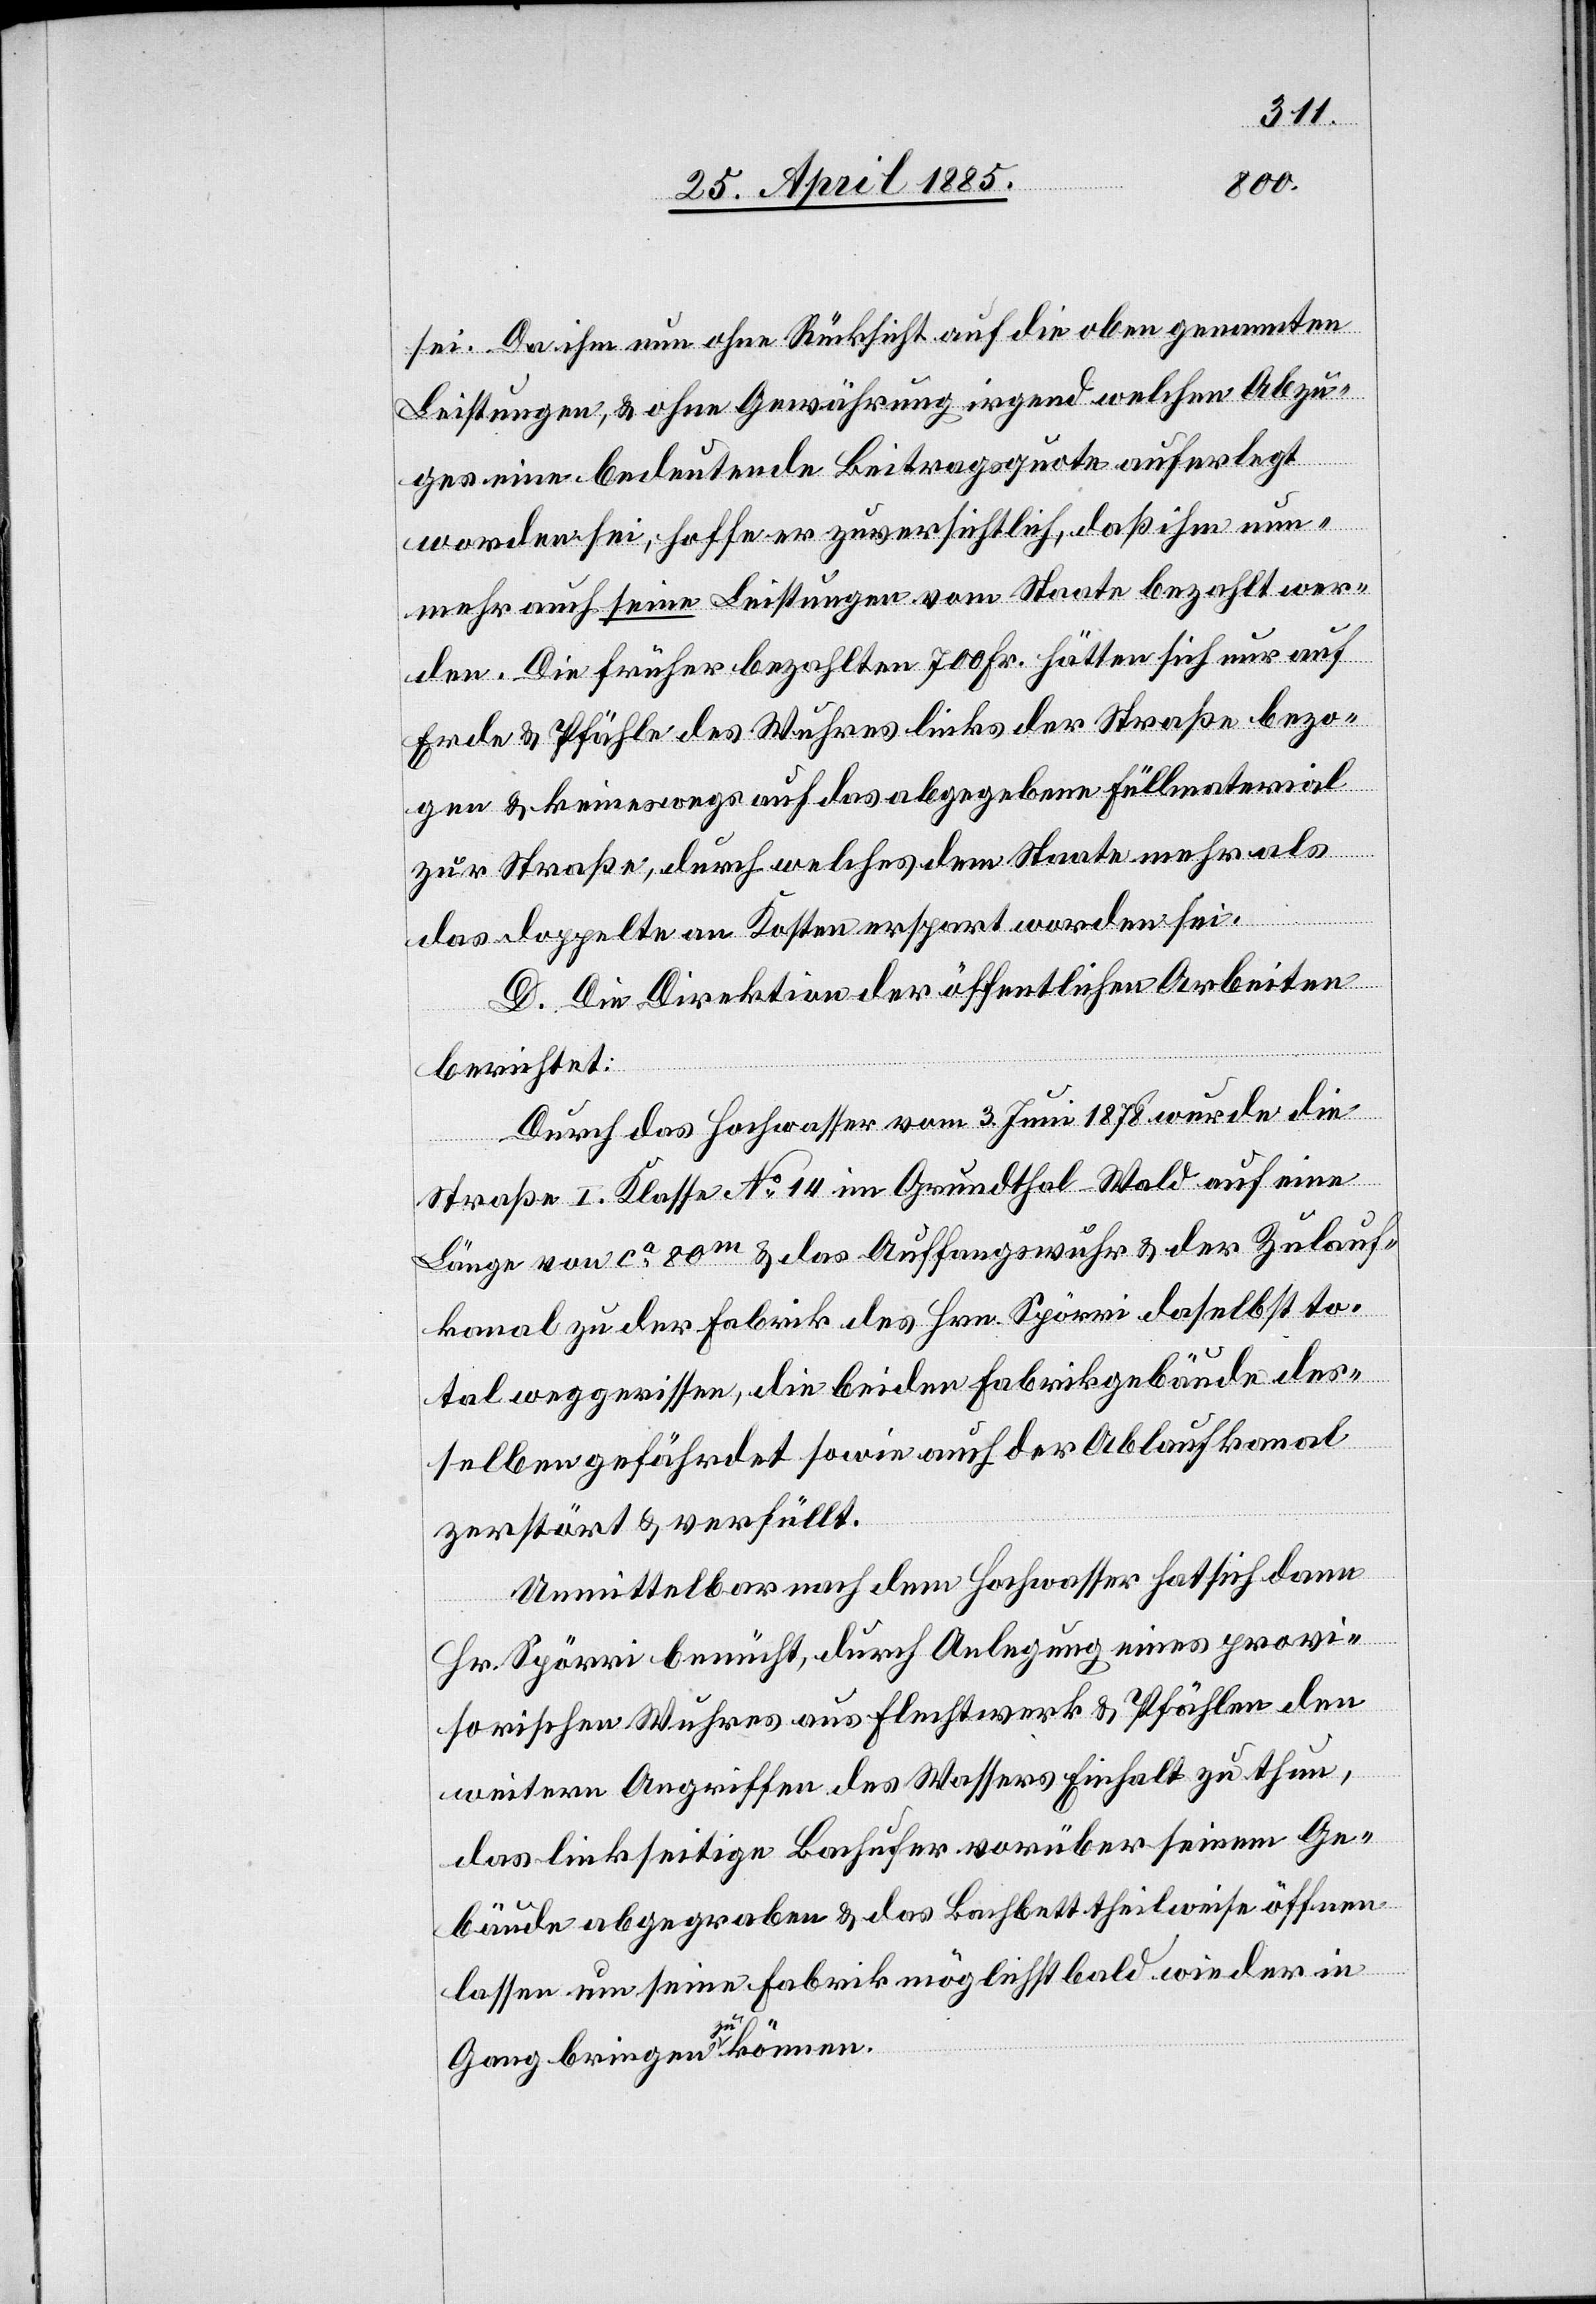
sei. Da ihm nun ohne Rücksicht auf die oben genannten
Leistungen, & ohne Gewährung irgend welchen Abzu¬
ges eine bedeutende Beitragsquote auferlegt
worden sei, hoffe er zuversichtlich, daß ihm nun¬
mehr auch seine Leistungen vom Staate bezahlt wer¬
den. Die früher bezahlten 700 Fr. hätten sich nur auf
Erde & Pfähle des Wuhres links der Straße bezo¬
gen & keineswegs auf das abgegebene Füllmaterial
zur Straße, durch welches dem Staate mehr als
das doppelte an Kosten erspart worden sei.
D. Die Direktion der öffentlichen Arbeiten
berichtet:
Durch das Hochwasser vom 3. Juni 1878 wurde die
Straße I. Klasse No 14 im Grundthal - Wald auf eine
Länge von ca 80 m & das Auffangwuhr & der Zulauf¬
kanal zu der Fabrik des Hrn. Spörri daselbst to¬
tal weggerissen, die beiden Fabrikgebäude des¬
selben gefährdet sowie auch der Ablaufkanal
zerstört & verfüllt.
Unmittelbar nach dem Hochwasser hat sich dann
Hr. Spörri bemüht, durch Anlegung eines provi¬
sorischen Wuhres aus Flechtwerk & Pfählen den
weitern Angriffen des Wassers Einhalt zu thun,
das linkseitige Bachufer vorüber seinem Ge¬
bäude abgegraben & das Bachbett theilweise öffnen
lassen um seine Fabrik möglichst bald wieder in
Gang bringen zu können.